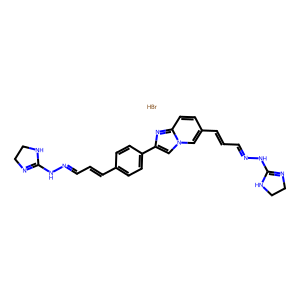
SMILES: Br.C(=Cc1ccc(-c2cn3cc(C=CC=NNC4=NCCN4)ccc3n2)cc1)C=NNC1=NCCN1
Inhibits HIV replication: No